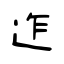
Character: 迮